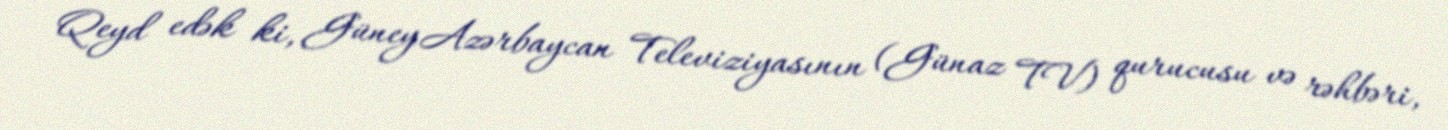
Qeyd edək ki, Güney Azərbaycan Televiziyasının (Günaz TV) qurucusu və rəhbəri,